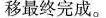
重心南移最终完成。